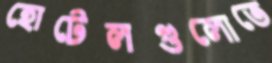
হোটেলগুলোতে